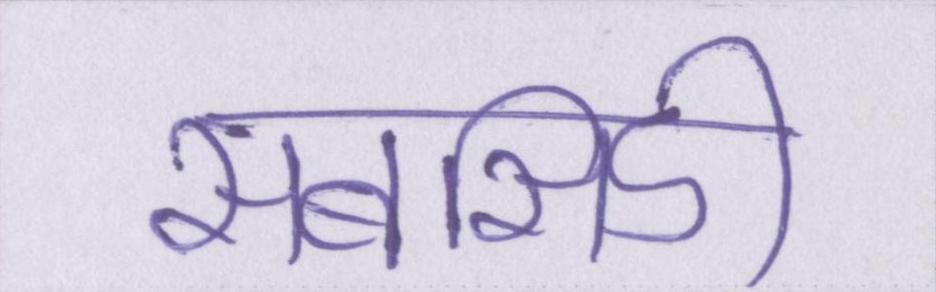
सबसिडी